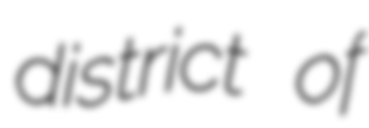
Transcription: district of